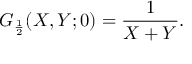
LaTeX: G _ { \frac { 1 } { 2 } } ( X , Y ; 0 ) = \frac { 1 } { X + Y } .